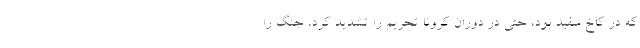
که در کاخ سفید بود، حتی در دوران کرونا تحریم را تشدید کرد، جنگ را